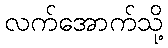
လက်အောက်သို့